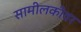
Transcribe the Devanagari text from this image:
सामीलकीवर